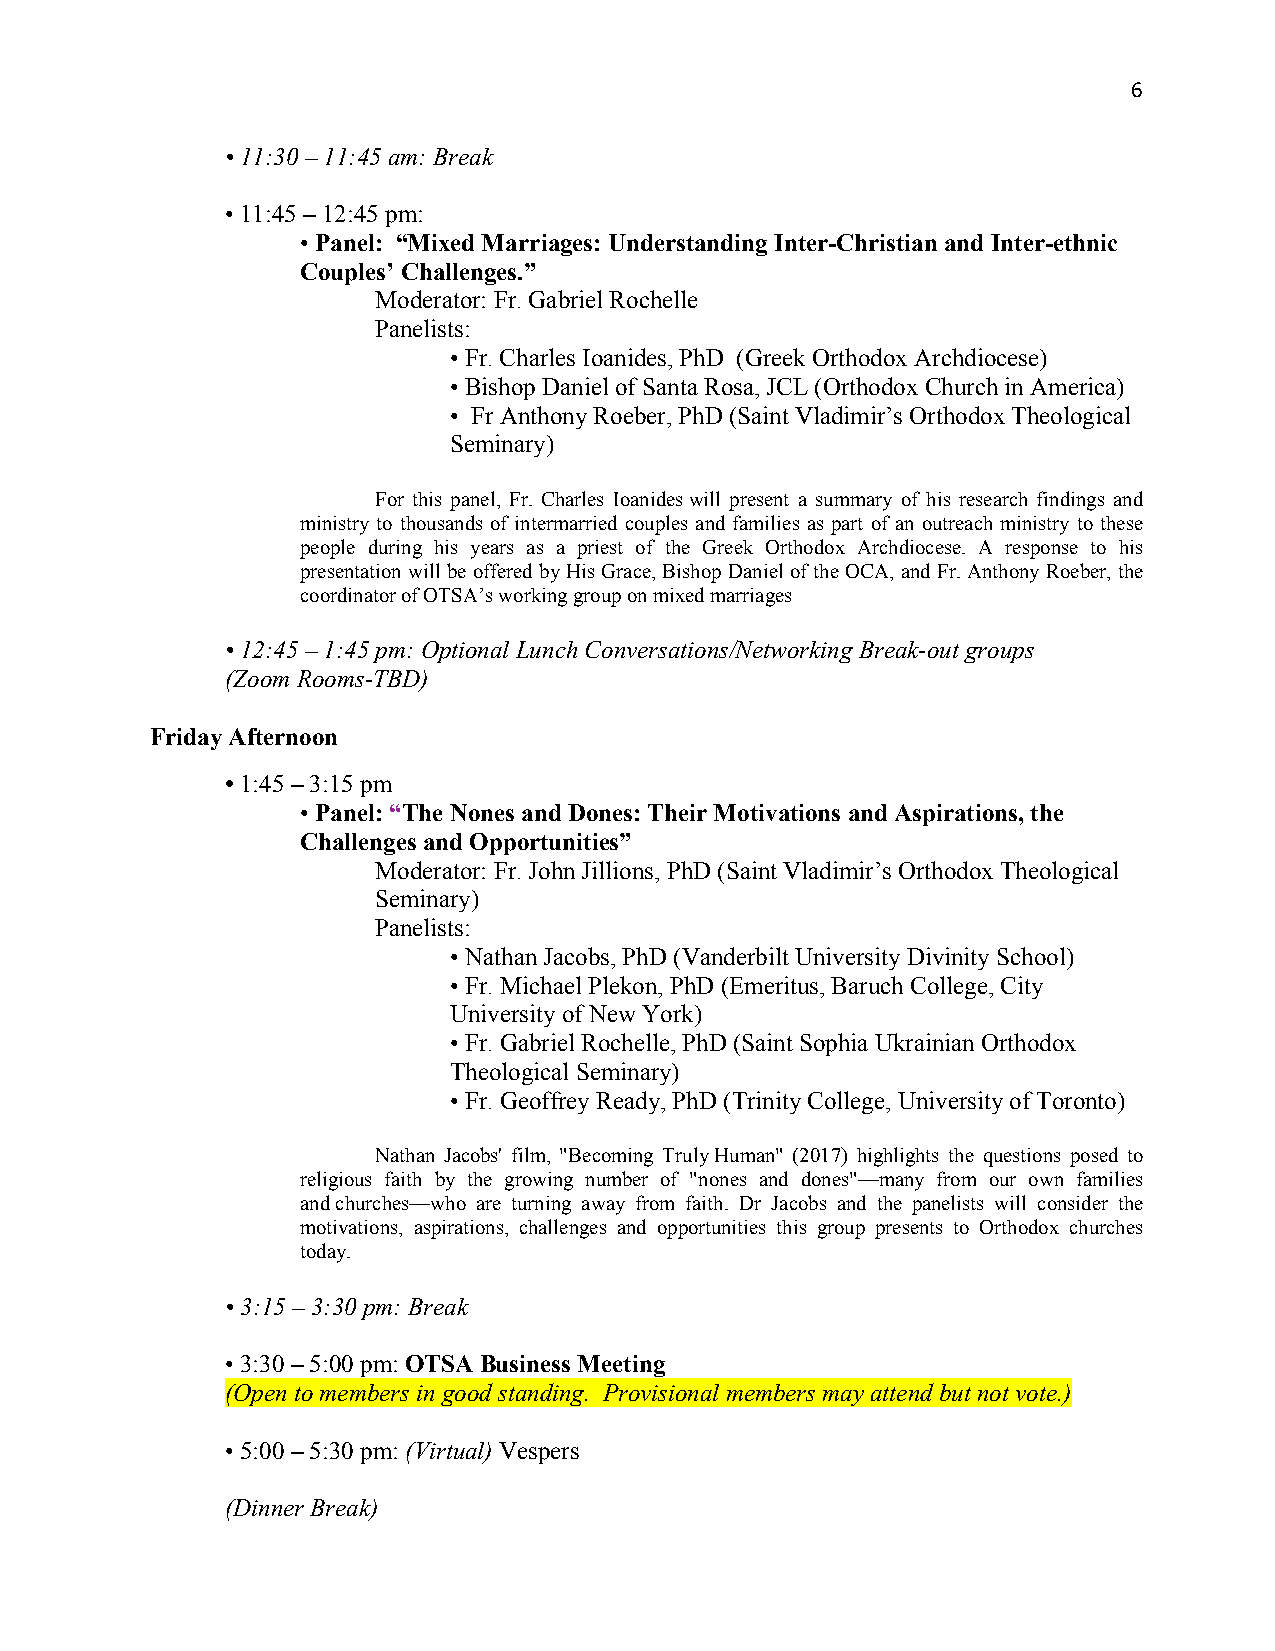
6
 • 11:30 – 11:45 am: Break
 • 11:45 – 12:45 pm:
 • Panel: “Mixed Marriages: Understanding Inter-Christian and Inter-ethnic
 Couples’ Challenges.”
 Moderator: Fr. Gabriel Rochelle
 Panelists:
 • Fr. Charles Ioanides, PhD (Greek Orthodox Archdiocese)
 • Bishop Daniel of Santa Rosa, JCL (Orthodox Church in America)
 • Fr Anthony Roeber, PhD (Saint Vladimir’s Orthodox Theological
 Seminary)
 For this panel, Fr. Charles Ioanides will present a summary of his research findings and
 ministry to thousands of intermarried couples and families as part of an outreach ministry to these
 people during his years as a priest of the Greek Orthodox Archdiocese. A response to his
 presentation will be offered by His Grace, Bishop Daniel of the OCA, and Fr. Anthony Roeber, the
 coordinator of OTSA’s working group on mixed marriages
 • 12:45 – 1:45 pm: Optional Lunch Conversations/Networking Break-out groups
 (Zoom Rooms-TBD)
 Friday Afternoon
 • 1:45 – 3:15 pm
 • Panel: “The Nones and Dones: Their Motivations and Aspirations, the
 Challenges and Opportunities”
 Moderator: Fr. John Jillions, PhD (Saint Vladimir’s Orthodox Theological
 Seminary)
 Panelists:
 • Nathan Jacobs, PhD (Vanderbilt University Divinity School)
 • Fr. Michael Plekon, PhD (Emeritus, Baruch College, City
 University of New York)
 • Fr. Gabriel Rochelle, PhD (Saint Sophia Ukrainian Orthodox
 Theological Seminary)
 • Fr. Geoffrey Ready, PhD (Trinity College, University of Toronto)
 Nathan Jacobs' film, "Becoming Truly Human" (2017) highlights the questions posed to
 religious faith by the growing number of "nones and dones"—many from our own families
 and churches—who are turning away from faith. Dr Jacobs and the panelists will consider the
 motivations, aspirations, challenges and opportunities this group presents to Orthodox churches
 today.
 • 3:15 – 3:30 pm: Break
 • 3:30 – 5:00 pm: OTSA Business Meeting
 (Open to members in good standing. Provisional members may attend but not vote.)
 • 5:00 – 5:30 pm: (Virtual) Vespers
 (Dinner Break)